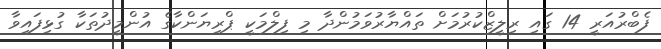
ފެބްރުއަރީ 14 ގައި ރިލީޒްކުރުމަށް ތައްޔާރުވަމުންދާ މި ފިލްމަކީ ޕްރިޔަންކާގެ އުންމީދުތަކާ ގުޅިފައިވާ